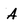
Character: A